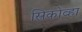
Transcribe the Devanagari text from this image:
स्त्रिकोव्हा